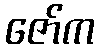
ဇော်က